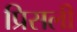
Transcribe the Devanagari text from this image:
प्रिसली